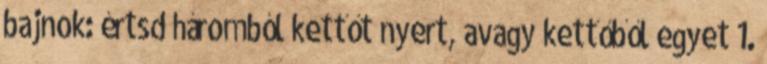
bajnok: értsd háromból kettőt nyert, avagy kettőből egyet 1.